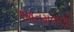
આતમવાણી